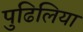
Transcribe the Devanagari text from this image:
पुढिलिया